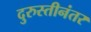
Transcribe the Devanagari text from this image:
दुरुस्तीनंतर